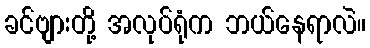
ခင်ဗျားတို့ အလုပ်ရုံက ဘယ်နေရာလဲ။